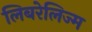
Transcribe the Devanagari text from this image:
लिबरेलिज्म